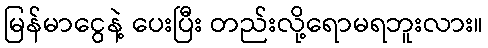
မြန်မာငွေနဲ့ ပေးပြီး တည်းလို့ရောမရဘူးလား။